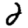
Digit: 2